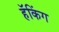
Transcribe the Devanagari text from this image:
हॅकिंग